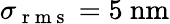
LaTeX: \sigma_{\mathrm{~r~m~s~}}=5~\mathrm{nm}